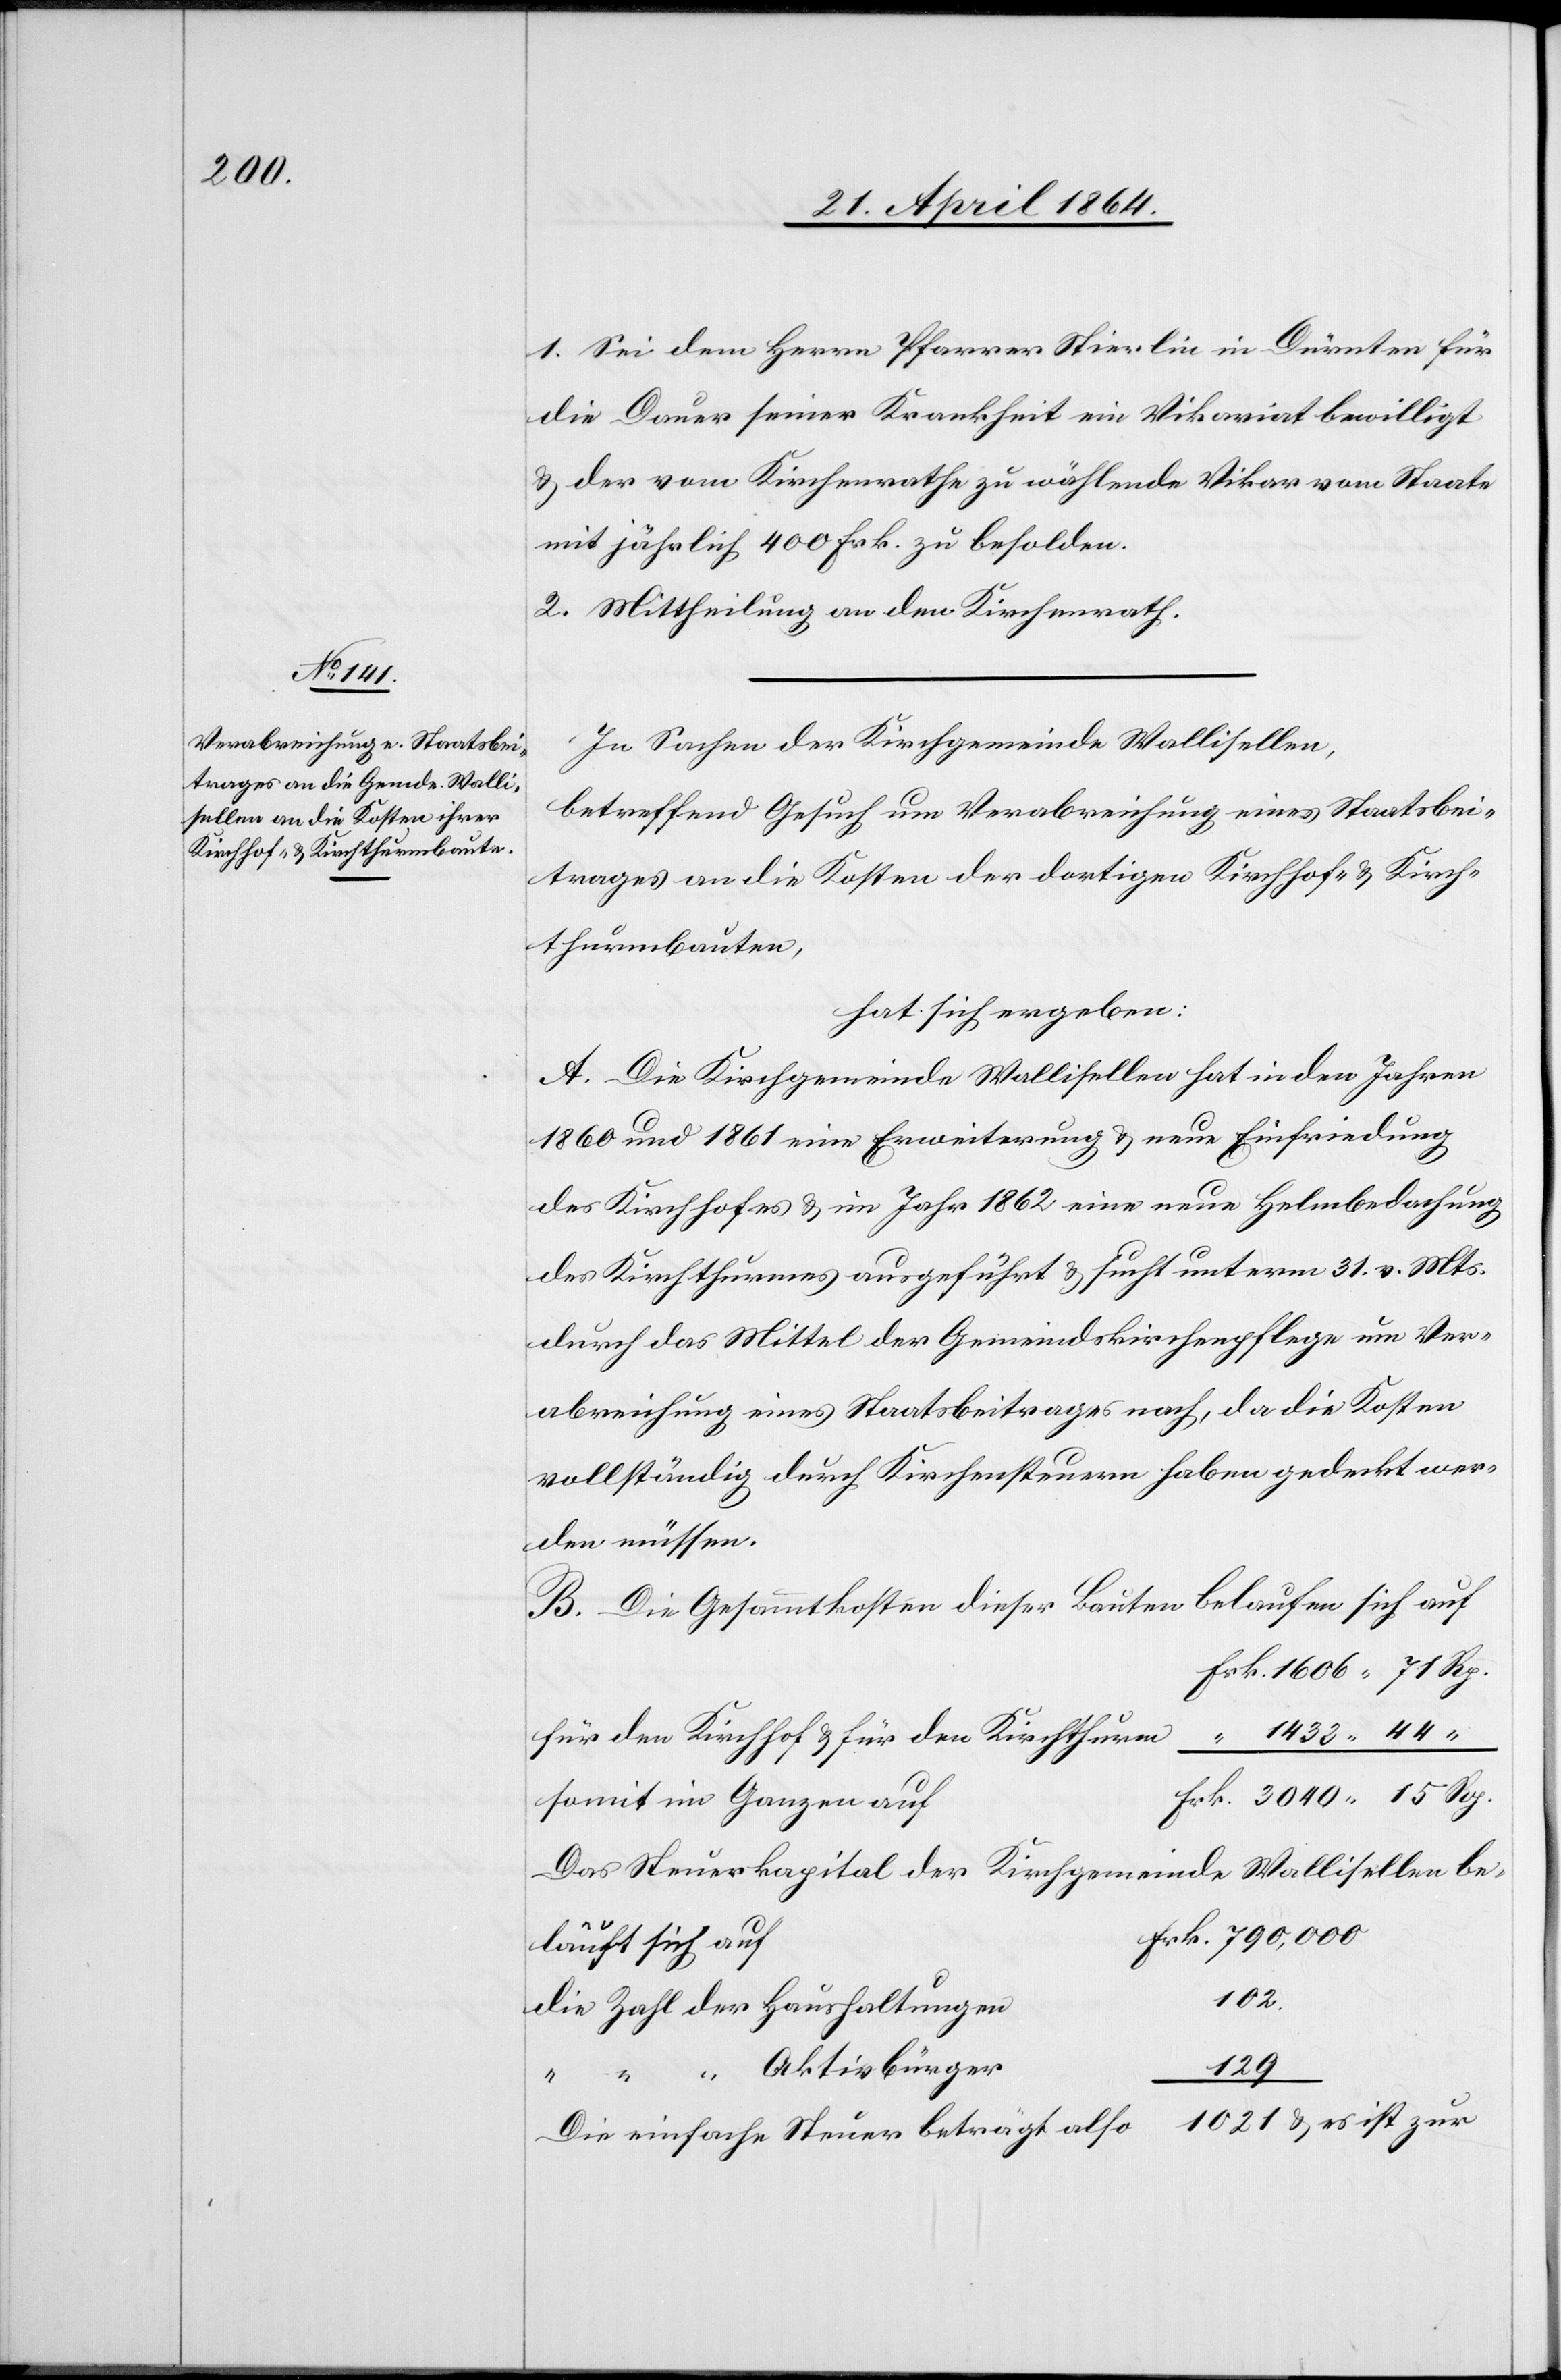
3040
15 Rp.

1. Sei dem Herrn Pfarrer Stierlin in Dürnten für
die Dauer seiner Krankheit ein Vikariat bewilligt
u. der vom Kirchenrathe zu wählende Vikar vom Staate
mit jährlich 400 Frk. zu besolden.
2. Mittheilung an den Kirchenrath.
In Sachen der Kirchgemeinde Wallisellen,
betreffend Gesuch um Verabreichung eines Staatsbei¬
trages an die Kosten der dortigen Kirchhof- u. Kirch¬
thurmbauten,
hat sich ergeben:
A. Die Kirchgemeinde Wallisellen hat in den Jahren
1860 und 1861 eine Erweiterung u. neue Einfriedung
des Kirchhofes u. im Jahr 1862 eine neue Helmbedachung
des Kirchthurmes ausgeführt u. sucht unterm 31. v. Mts.
durch das Mittel der Gemeindskirchenpflege um Ver¬
abreichung eines Staatsbeitrages nach, da die Kosten
vollständig durch Kirchensteuern haben gedeckt wer¬
den müssen.
B. Die Gesammtkosten dieser Bauten belaufen sich au¬
rk. 1606 71 Rp.
“ 1432 44
für den Kirchhof u. für den Kirchthur¬
Das Steuerkapital der Kirchgemeinde Wallisellen be¬
f	Frk. 790,000
läuft sich au¬
1021 u. es ist zur
Die einfache Steuer beträgt